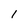
Character: l